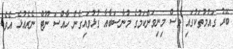
ބޭރު ގައުމުތަކުގައި ވެސް މިނިވަންކަމުގެ މުނާސަބާއާ ގުޅުވައިގެން ހާއްސަ ނޫޓް ނެރެއުޅެ އެވެ.